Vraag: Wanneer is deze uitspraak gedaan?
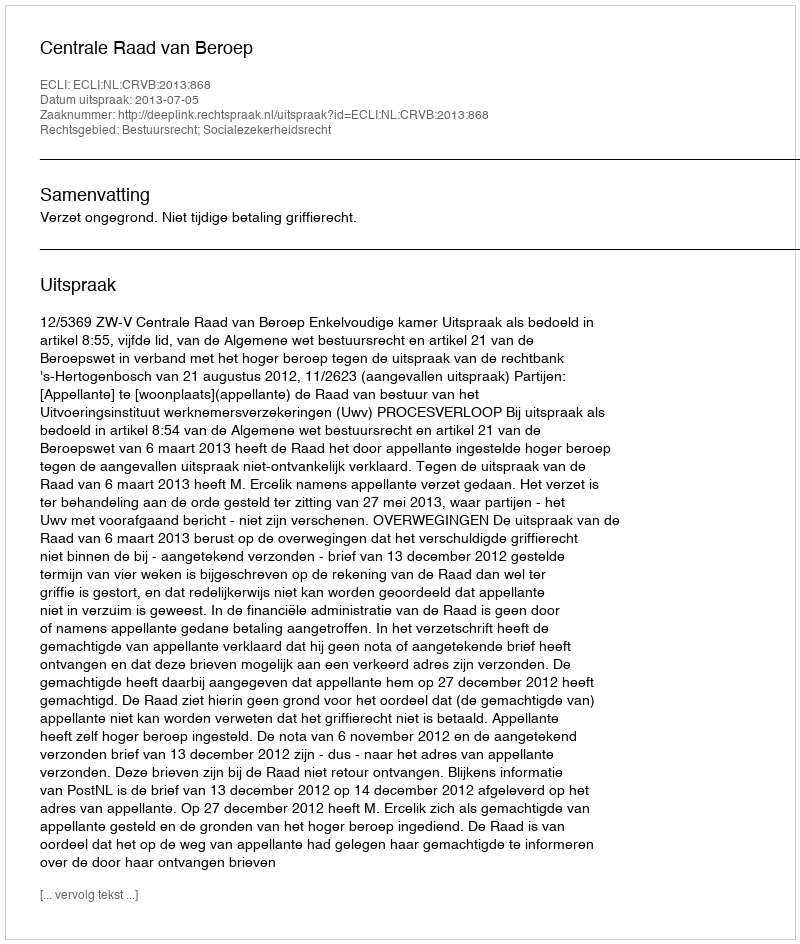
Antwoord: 2013-07-05